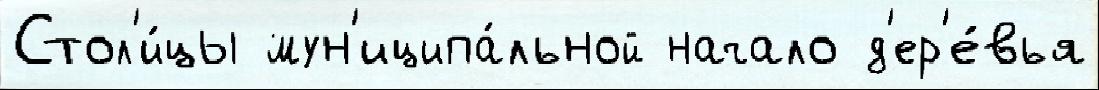
Стол'и́цы мун'иципа́льной начало д'ер'е́вья